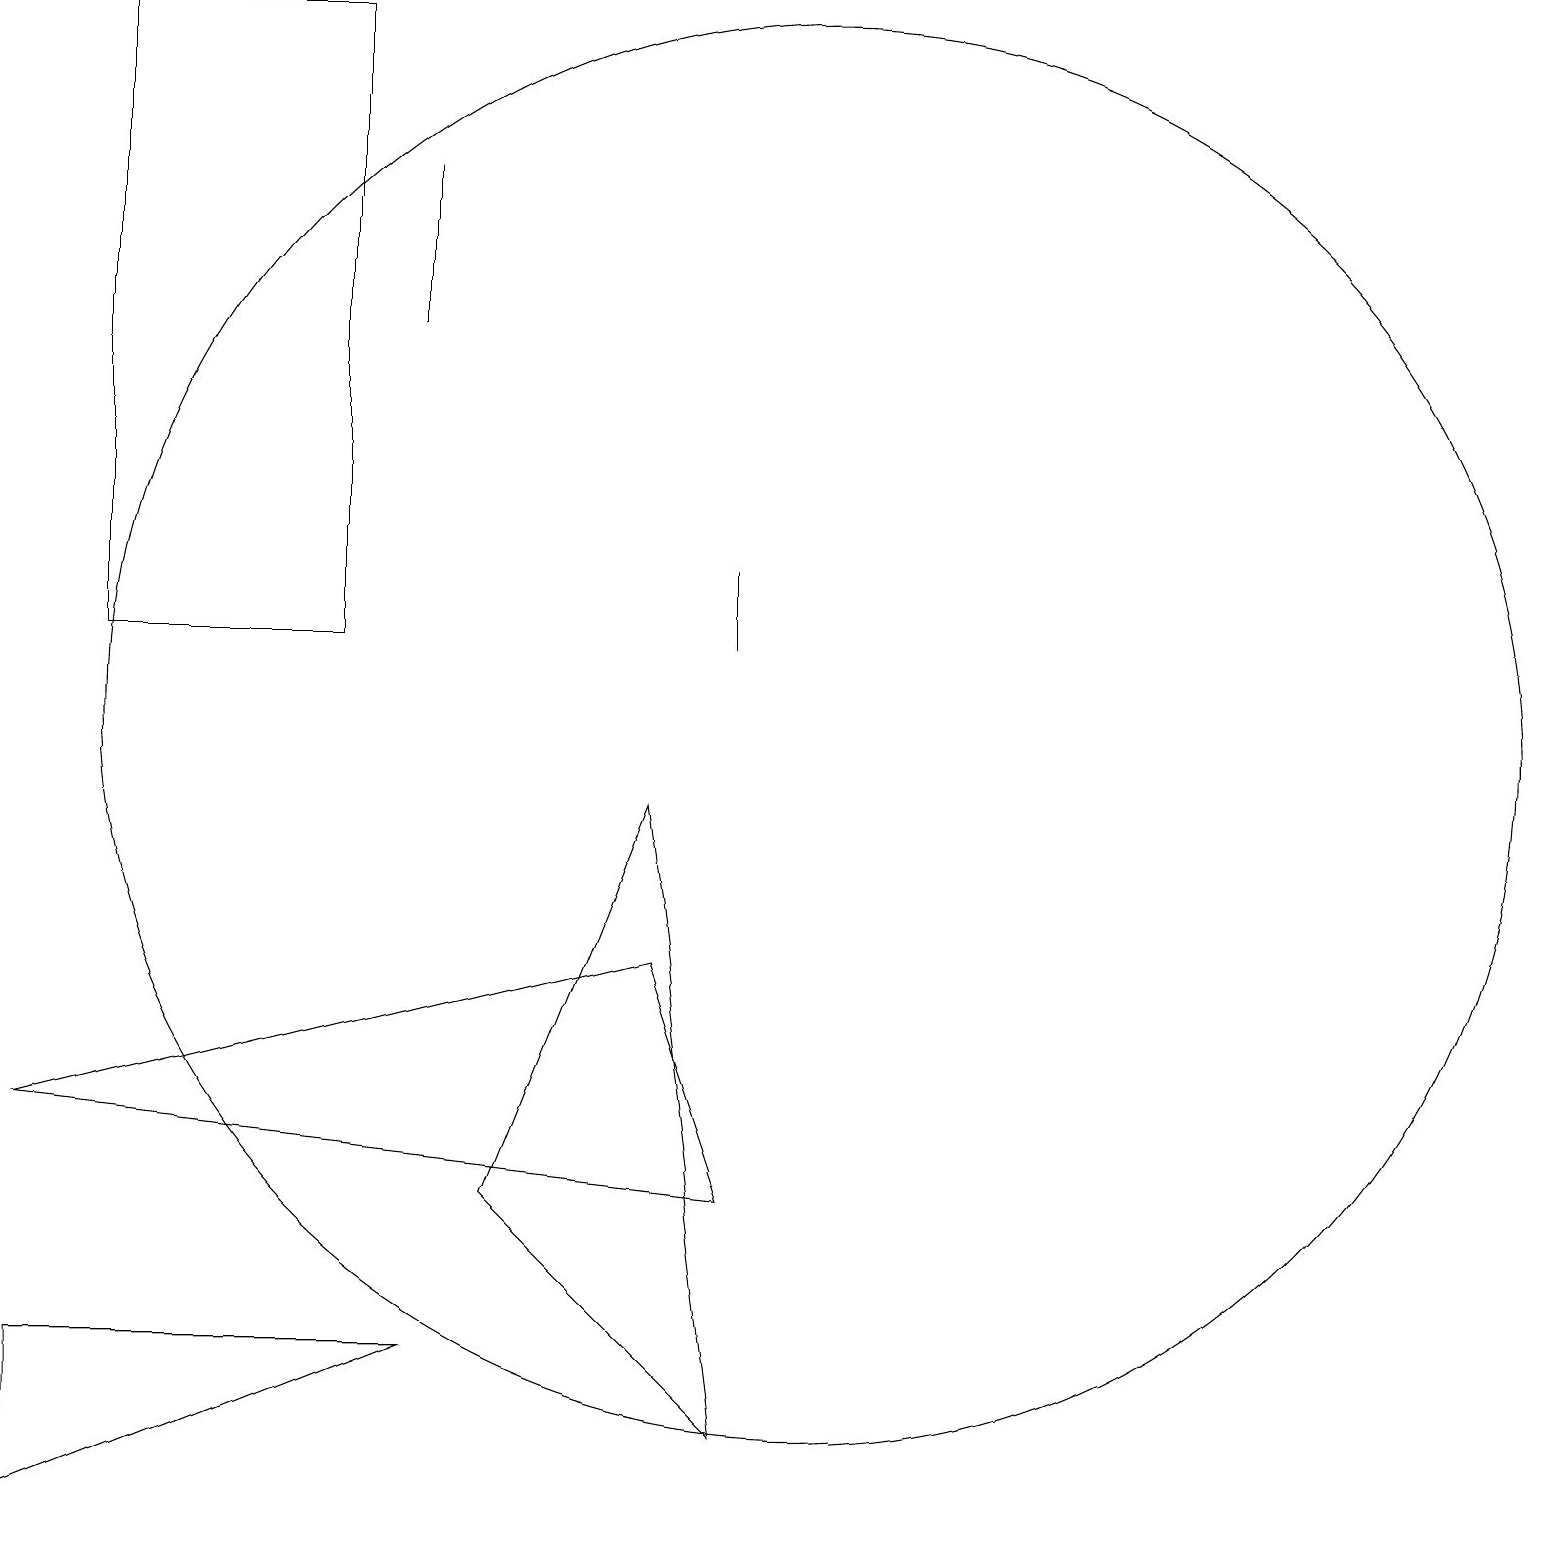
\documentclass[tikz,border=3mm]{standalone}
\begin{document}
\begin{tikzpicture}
\draw (4,11) rectangle (1,19);
\draw (6,4) -- (9,1) -- (8,9) -- cycle;
\draw (0,5) -- (9,4) -- (8,7) -- cycle;
\draw (5,15) rectangle (5,17);
\draw (0,0) -- (5,2) -- (0,2) -- cycle;
\draw (9,11) rectangle (9,12);
\draw (10,10) circle (9);
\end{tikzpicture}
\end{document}